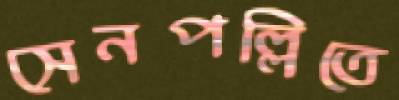
সেনপল্লিতে